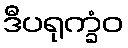
ဒီပရုက္ခံဝ